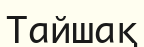
Тайшақ